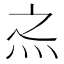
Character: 𰞀